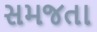
સમજતા